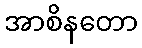
အာစိနတော